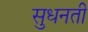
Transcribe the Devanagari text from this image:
सुधनती